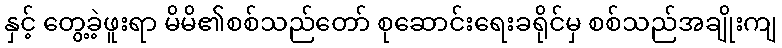
နှင့် တွေ့ခဲ့ဖူးရာ မိမိ၏စစ်သည်တော် စုဆောင်းရေးခရိုင်မှ စစ်သည်အချိုးကျ